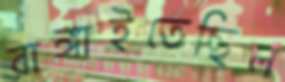
রাঙ্গাইতেছিল